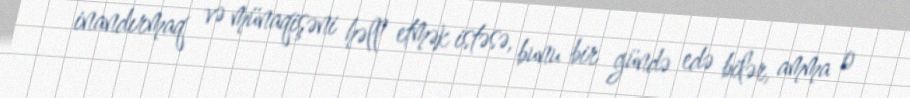
inandırmaq və münaqişəni həll etmək istəsə, bunu bir gündə edə bilər, amma o